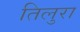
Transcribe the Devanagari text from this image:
तिलुरा